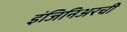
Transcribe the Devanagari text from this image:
इंजिनिअरची